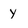
Character: y